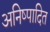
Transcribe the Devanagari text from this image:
अनिष्पादित